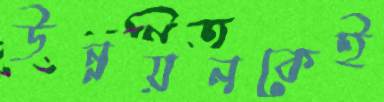
উন্নয়নকেই